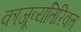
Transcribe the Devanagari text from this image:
काजूव्यतिरिक्त